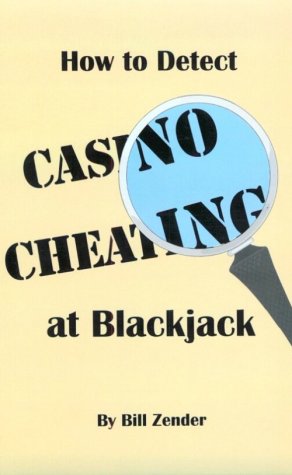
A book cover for How to Detect Casino Cheating at Blackjack; Bill Zender; Humor & Entertainment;